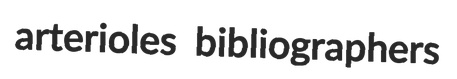
arterioles bibliographers